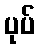
ပုပ်